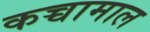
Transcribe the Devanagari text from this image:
कच्चामाल